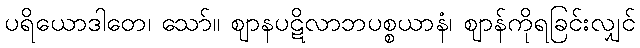
ပရိယောဒါတေ၊ သော်။ ဈာနပဋိလာဘပစ္စယာနံ၊ ဈာန်ကိုရခြင်းလျှင်